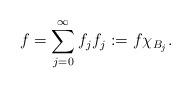
LaTeX: \begin{align*}f = \sum_{j=0}^\infty f_j f_j:=f\chi_{B_j}.\end{align*}